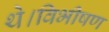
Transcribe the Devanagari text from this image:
थे।विभीषण